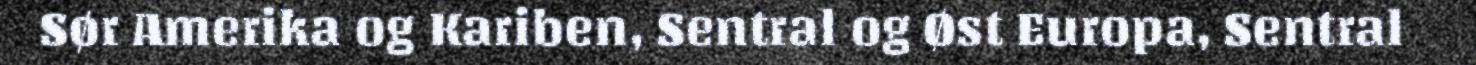
Sør Amerika og Kariben, Sentral og Øst Europa, Sentral